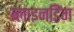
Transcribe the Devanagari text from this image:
ब्लाइनडिंग